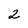
Character: 2